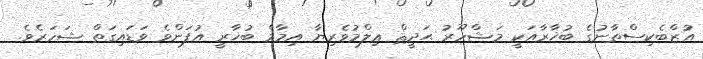
އުޒްބެކިސްތާނުގެ ބުޚާރާއަކީ މަޝްހޫރު ޙަދީޘް ޢިލްމުވެރިޔާ އިމާމް ބުޚާރީ އުފަންވެ ވަޑައިގަތް ޝަހަރެވެ.